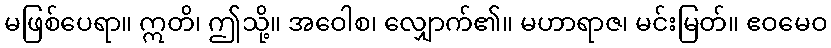
မဖြစ်ပေရာ။ ဣတိ၊ ဤသို့။ အဝေါစ၊ လျှောက်၏။ မဟာရာဇ၊ မင်းမြတ်။ ဧဝမေဝ